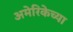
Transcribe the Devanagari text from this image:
अमेरिकेच्या